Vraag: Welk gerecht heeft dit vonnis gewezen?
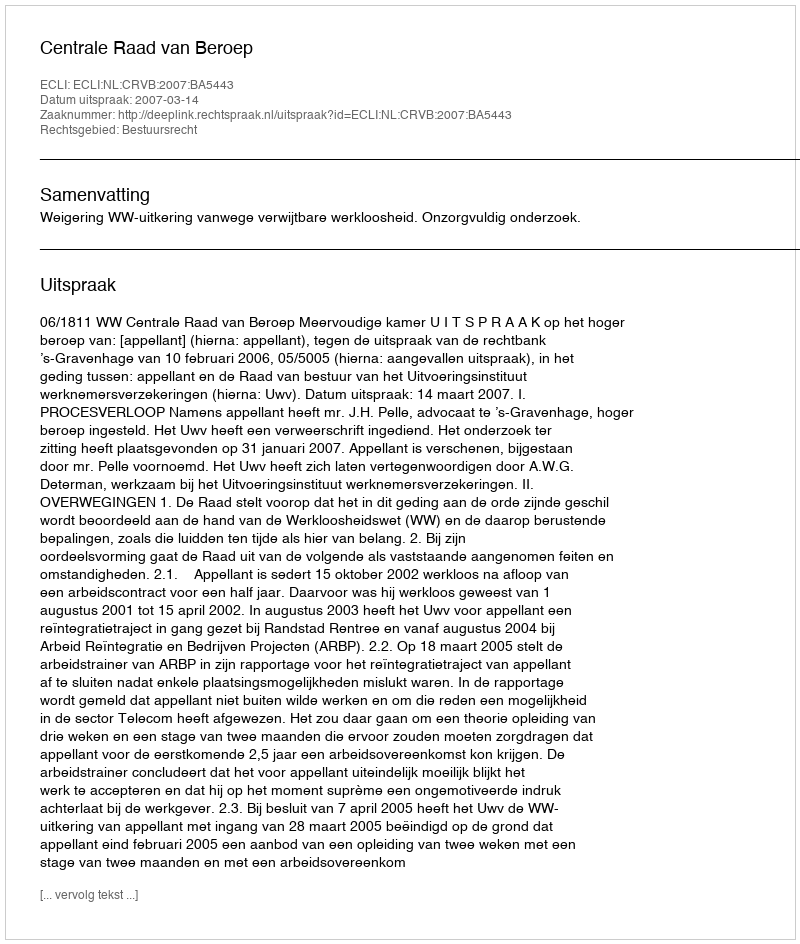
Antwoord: Centrale Raad van Beroep